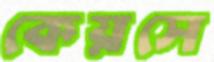
কেয়সে